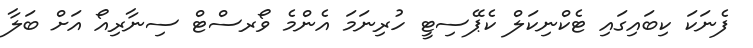
ފެނަކަ ކިބައިގައި ޓެކްނިކަލް ކެޕޭސިޓީ ހުރިނަމަ އެންމެ ވޯރސްޓް ސިނާރިއޯ އަށް ބަލާ